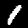
Digit: 1